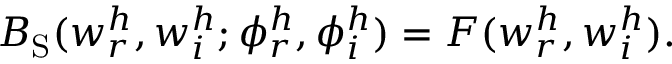
B _ { \mathrm { S } } ( w _ { r } ^ { h } , w _ { i } ^ { h } ; \phi _ { r } ^ { h } , \phi _ { i } ^ { h } ) = F ( w _ { r } ^ { h } , w _ { i } ^ { h } ) .